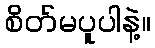
စိတ်မပူပါနဲ့။